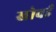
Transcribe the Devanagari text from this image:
खोवई